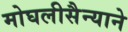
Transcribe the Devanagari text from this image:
मोघलीसैन्याने